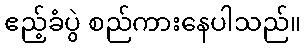
ဧည့်ခံပွဲ စည်ကားနေပါသည်။